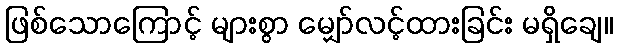
ဖြစ်သောကြောင့် များစွာ မျှော်လင့်ထားခြင်း မရှိချေ။